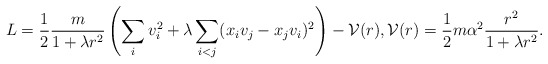
\begin{align*} L = \frac{1}{2}\frac{m}{1+\lambda r^2} \left(\sum_i v_i^2 + \lambda \sum_{i<j} (x_iv_j - x_jv_i)^2\right) - {\cal V}(r), {\cal V}(r) =\frac{1}{2} m \alpha^2 \frac{r^2}{1+\lambda r^2}. \end{align*}